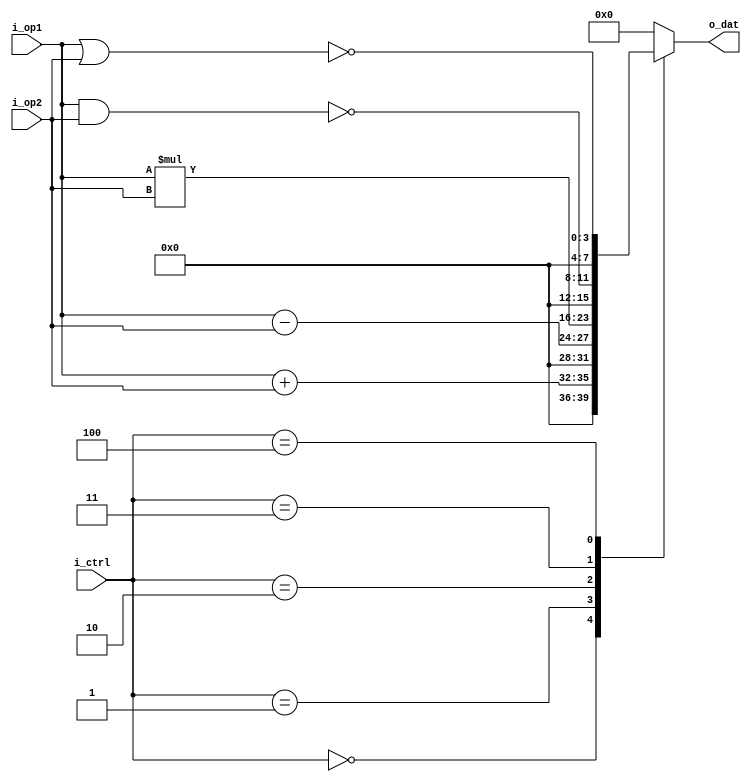
module alu_behavioral (i_op1, i_op2, i_ctrl, o_dat);

input	[3 : 0] i_op1, i_op2;
input [2 : 0]	i_ctrl;

output reg [7 : 0] o_dat;

always @(*) begin
	case (i_ctrl)
		
		0: o_dat = {{4{1'b0}}, i_op1 + i_op2};
		1: o_dat = {{4{1'b0}}, i_op1 - i_op2};
		2: o_dat = i_op1 * i_op2;
		3: o_dat = {{4{1'b0}}, (~(i_op1 & i_op2))};
		4: o_dat = {{4{1'b0}}, (~(i_op1 | i_op2))};
		default: o_dat = 0;

	endcase
end

endmodule